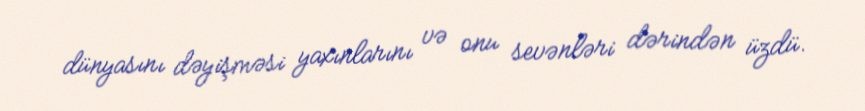
dünyasını dəyişməsi yaxınlarını və onu sevənləri dərindən üzdü.